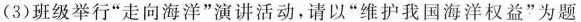
(3)班级举行”走向海洋”演讲活动，请以”维护我国海洋权益”为题